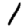
Digit: 1